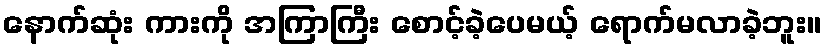
နောက်ဆုံး ကားကို အကြာကြီး စောင့်ခဲ့ပေမယ့် ရောက်မလာခဲ့ဘူး။